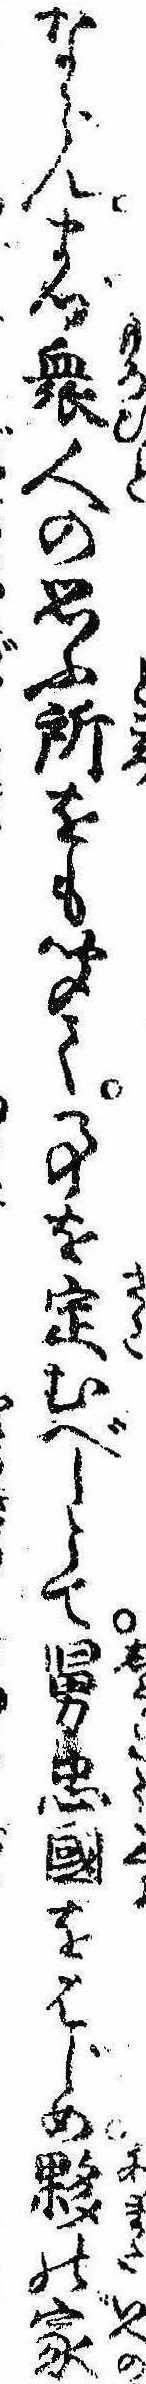
ならんまづ衆人の思ふ所をも聞て事を定むべしとて舅忠国をはじめ夥の家